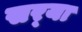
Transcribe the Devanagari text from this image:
सर्‍या